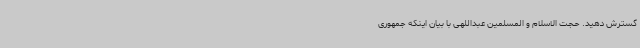
گسترش دهید. حجت الاسلام و المسلمین عبداللهی با بیان اینکه جمهوری